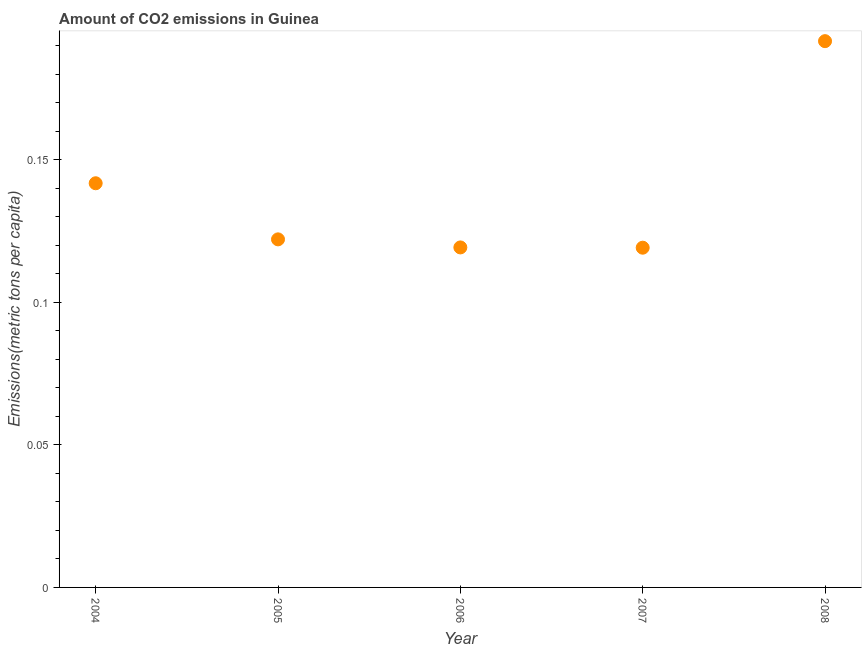
| Year | CO2 emissions |
 | --- | --- |
 | 2004 | 0.142 |
 | 2005 | 0.122 |
 | 2006 | 0.119 |
 | 2007 | 0.119 |
 | 2008 | 0.192 |